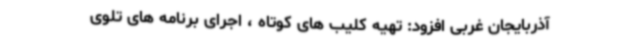
آذربایجان غربی افزود: تهیه کلیب های کوتاه ، اجرای برنامه های تلوی